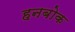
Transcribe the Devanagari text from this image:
हनबोक